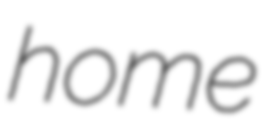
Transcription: home